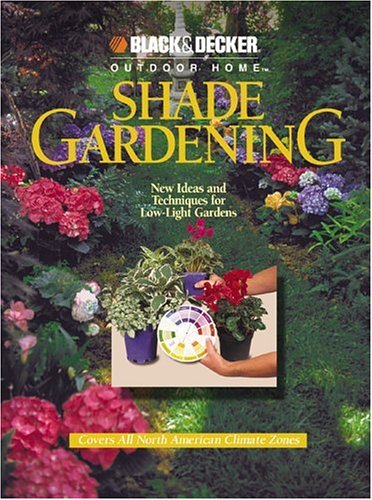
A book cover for Shade Gardening: New Ideas and Techniques for Low-Light Gardens (Black & Decker Outdoor Home); Cowles Creative Publishing; Crafts, Hobbies & Home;